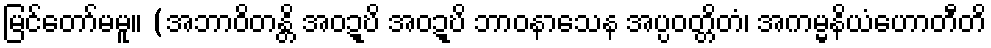
မြင်တော်မမူ။ (အဘာဝိတန္တိ အဝဍ္ဎိ အဝဍ္ဎိ ဘာဝနာသေန အပ္ပဝတ္တိတံ၊ အကမ္မနိယံဟောတီတိ